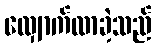
လျှောက်လာခဲ့သည်